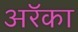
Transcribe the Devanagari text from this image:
अरॅका